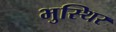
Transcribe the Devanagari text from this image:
भुस्थिर